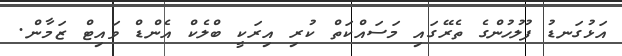
އަޅުގަނޑު ފުލުހުންގެ ތެރޭގައި މަސައްކަތް ކުރި އިރަކީ ބްލެކް އެންޑް ވައިޓް ޒަމާން.